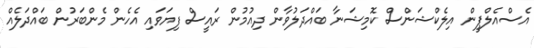
އެސްއެލްޕީން އިލެކްޝަންސް ކޮމިޝަނާ ބައްދަލުވާން ދިއުމުން ރައީސް ފިޔަވައި އެހެން މެންބަރުން ބައްދަލެއް